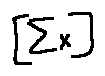
[ \sum x ]